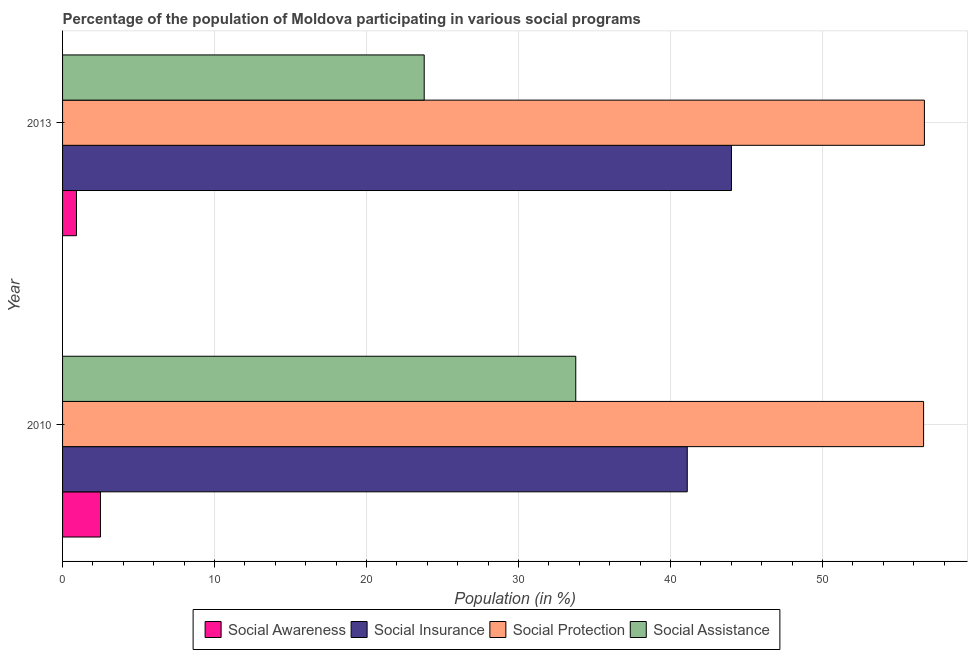
| Year | Social Awareness | Social Insurance | Social Protection | Social Assistance |
 | --- | --- | --- | --- | --- |
 | 2010 | 2.5 | 41.1 | 56.6 | 33.8 |
 | 2013 | 0.916 | 44 | 56.7 | 23.8 |